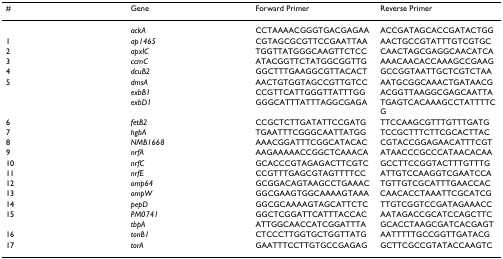
| # | Gene | Forward Primer | Reverse Primer |
 | --- | --- | --- | --- |
 |  | ackA | CCTAAAACGGGTGACGAGAA | ACCGATAGCACCGATACTGG |
 | 1 | ap1465 | CGTAGCGCGTTCCGAATTAA | AACTGCCGTATTTGTCGTGC |
 | 2 | apxIC | TGGTTATGGGCAAGTTCTCC | CAACTAGCGAGGCAACATCA |
 | 3 | ccmC | ATACGGTTCTATGGCGGTTG | AAACAACACCAAAGCCGAAG |
 | 4 | dcuB2 | GGCTTTGAAGGCGTTACACT | GCCGGTAATTGCTCGTCTAA |
 | 5 | dmsA | AACTGTGGTAGCCGTTGTCC | AATGCGGCAAACTGATAACG |
 |  | exbB1 | CCGTTCATTGGGTTATTTGG | ACGGTTAAGGCGAGCAATTA |
 |  | exbD1 | GGGCATTTATTTAGGCGAGA | TGAGTCACAAAGCCTATTTTCG |
 | 6 | fetB2 | CCGCTCTTGATATTCCGATG | TTCCAAGCGTTTGTTTGATG |
 | 7 | hgbA | TGAATTTCGGGCAATTATGG | TCCGCTTTCTTCGCACTTAC |
 | 8 | NMB1668 | AAACGGATTTCGGCATACAC | CGTACCGGAGAACATTTCGT |
 | 9 | nrfA | AAGAAAAACCGGCTCAAACA | ATAACCCGCCCATAACACAA |
 | 10 | nrfC | GCACCCGTAGAGACTTCGTC | GCCTTCCGGTACTTTGTTTG |
 | 11 | nrfE | CCGTTTGAGCGTAGTTTTCC | ATTGTCCAAGGTCGAATCCA |
 | 12 | omp64 | GCGGACAGTAAGCCTGAAAC | TGTTGTCGCATTTGAACCAC |
 | 13 | ompW | GGCGAAGTGGCAAAAGTAAA | CAACACCTAAATTCGCATCG |
 | 14 | pepD | GGCGCAAAAGTAGCATTCTC | TTGTCGGTCCGATAGAAACC |
 | 15 | PM0741 | GGCTCGGATTCATTTACCAC | AATAGACCGCATCCAGCTTC |
 |  | tbpA | ATTGGCAACCATCGGATTTA | GCACCTAAGCGATCACGAGT |
 | 16 | tonB1 | CTCCCTTGGTGCTGGTTATG | AATTTTTGCCGGTTGATACG |
 | 17 | torA | GAATTTCCTTGTGCCGAGAG | GCTTCGCCGTATACCAAGTC |